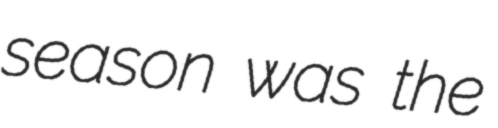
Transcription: season was the